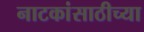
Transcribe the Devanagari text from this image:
नाटकांसाठीच्या